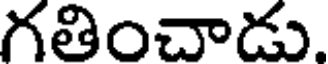
గతించాడు.